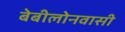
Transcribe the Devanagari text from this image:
बेबीलोनवासी